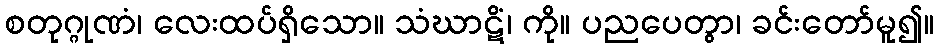
စတုဂ္ဂုဏံ၊ လေးထပ်ရှိသော။ သံဃာဋိံ၊ ကို။ ပညပေတွာ၊ ခင်းတော်မူ၍။